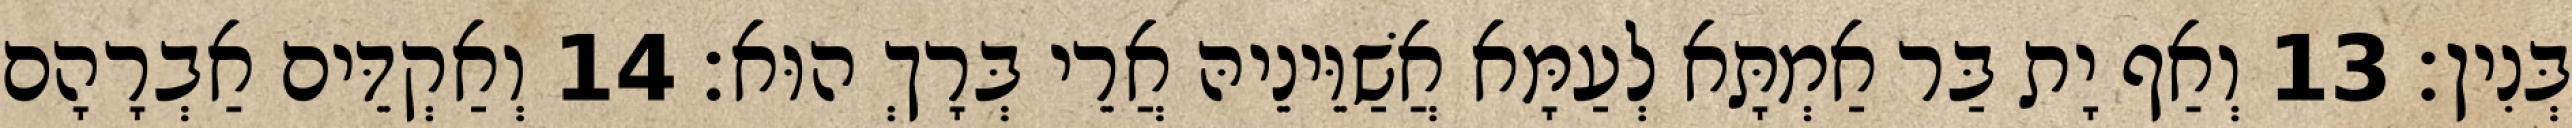
בְּנִין׃ 13 וְאַף יָת בַּר אַמְתָּא לְעַמָּא אֲשַׁוֵּינֵיהּ אֲרֵי בְּרָךְ הוּא׃ 14 וְאַקְדֵּים אַבְרָהָם